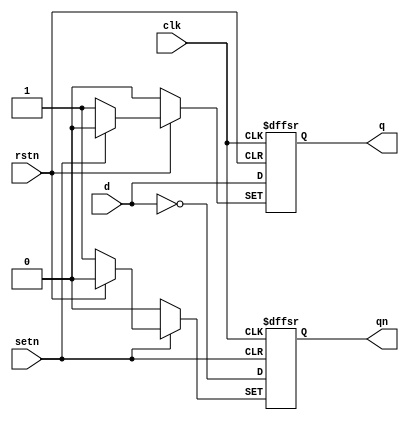
//  0  1  D 
module DFF1(q,qn,d,clk,setn,rstn);
input d,clk,setn,rstn;
output q,qn;
reg q,qn;

always @(posedge clk or negedge setn or negedge rstn) begin
    //  0
    if (!rstn) begin
        q <= 0;
        qn <= 1;
    end
    //  1
    else if (!setn) begin
        q <= 1;
        qn <= 0;
    end
    // 
    else begin
        q <= d;
        qn <= ~d;
    end
end

endmodule